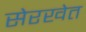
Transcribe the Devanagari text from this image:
सेरखेत